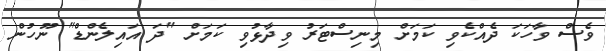
ވެސް ވާހަކަ ދެއްކެވި ކަމަށް މިނިސްޓަރު ވިދާޅުވި ކަމަށް "ދަ އައިލެންޑް" ނޫހުން